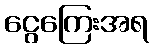
ငွေကြေးအရ